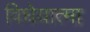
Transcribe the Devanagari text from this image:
विधेयात्मा